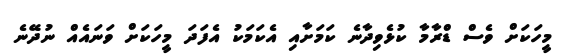
މީހަކަށް ވެސް ޑްރާމާ ކުޅެވިދާނެ ކަމަށާއި އެކަމަކު އެފަދަ މީހަކަށް ވަނައެއް ނުދޭނެ